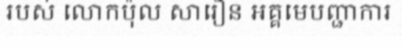
របស់ លោកប៉ុល សារឿន អគ្គមេបញ្ជាការ